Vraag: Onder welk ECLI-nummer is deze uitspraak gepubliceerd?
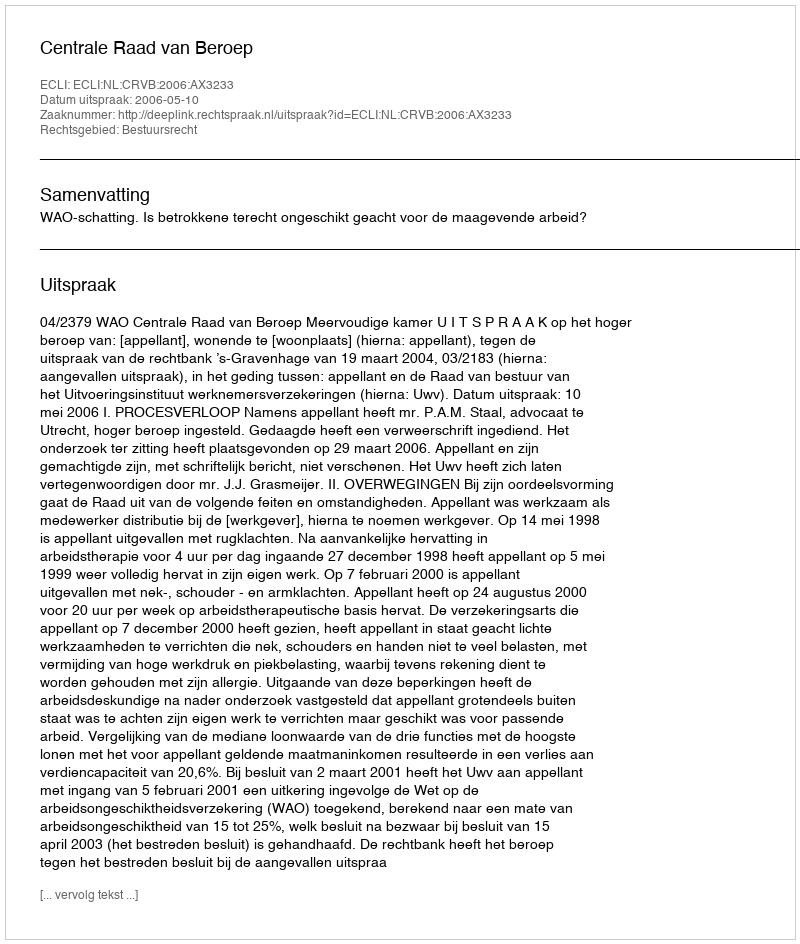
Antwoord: ECLI:NL:CRVB:2006:AX3233